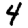
Digit: 4